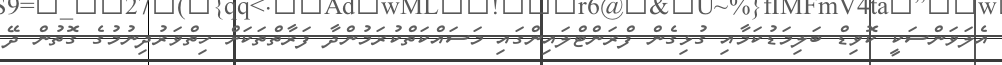
އެލަވަންސަކީ ކޮވިޑް ބަލިމަޑުކަމާއި ގުޅިގެން ފްރަންޓްލައިންގައި މަސައްކަތްކުރަމުންދާ ފަރާތްތަކަށް ހިތްވަރުދިނުމުގެ ގޮތުން ދޭ